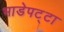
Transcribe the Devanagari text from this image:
भाडेपट्टा